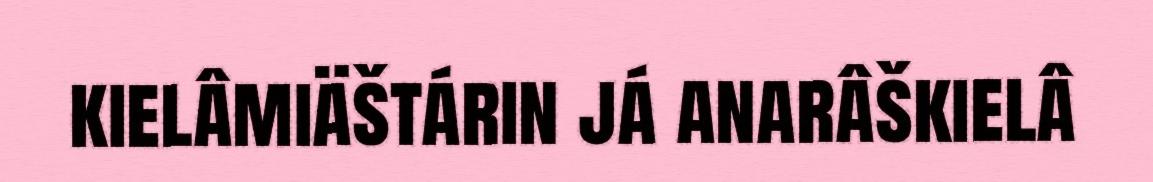
kielâmiäštárin já anarâškielâ